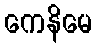
ကေနိမေ